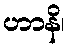
ဟာနိ၊